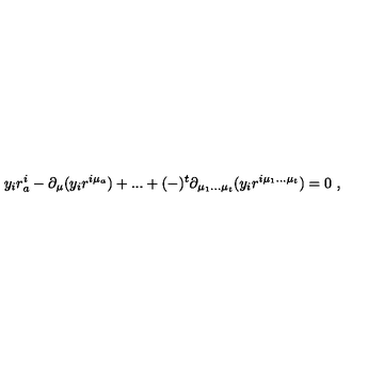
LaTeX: y _ { i } r _ { a } ^ { i } - \partial _ { \mu } ( y _ { i } r ^ { i \mu _ { a } } ) + . . . + ( - ) ^ { t } \partial _ { \mu _ { 1 } . . . \mu _ { t } } ( y _ { i } r ^ { i \mu _ { 1 } . . . \mu _ { t } } ) = 0 \ ,